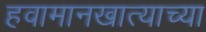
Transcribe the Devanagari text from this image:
हवामानखात्याच्या